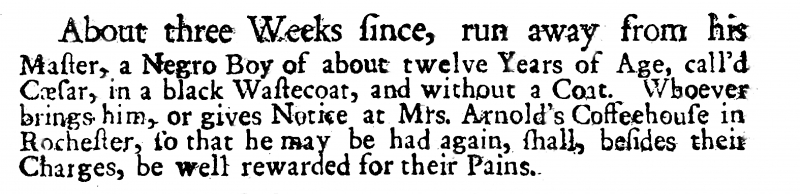
Whitehall Evening Post, 29 August 1721 (England)
About three Weeks since, run away from his Master, a Negro Boy of about twelve Years of Age, call’d Cæsar, in a black Wastecoat, and without a Coat. Whoever brings him, or gives Notice at Mrs. Arnold’s Coffeehouse in Rochester, so that he may be had again, shall, besides their Charges, be well rewarded for their Pains.